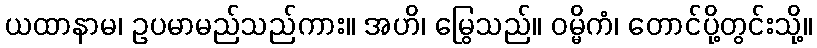
ယထာနာမ၊ ဥပမာမည်သည်ကား။ အဟိ၊ မြွေသည်။ ဝမ္မိကံ၊ တောင်ပို့တွင်းသို့။